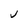
Character: J